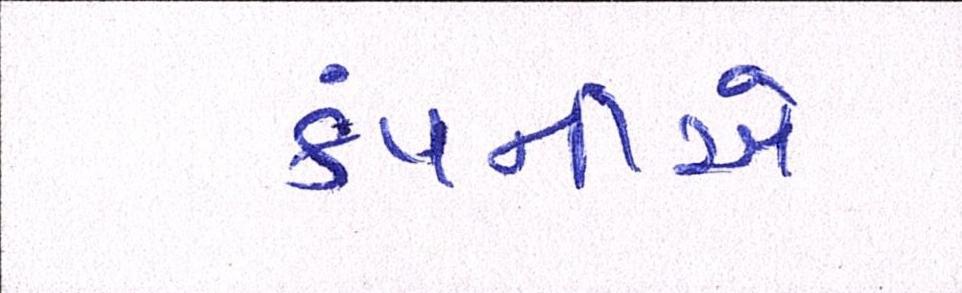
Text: કંપનીએ